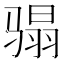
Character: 𩨌